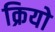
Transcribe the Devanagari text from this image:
क्रियो